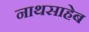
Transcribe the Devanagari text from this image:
नाथसाहेब